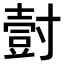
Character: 𭕀